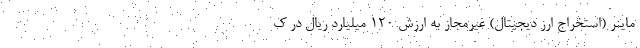
ماینر (استخراج ارز دیجیتال) غیرمجاز به ارزش ۱۲۰ میلیارد ریال در ک